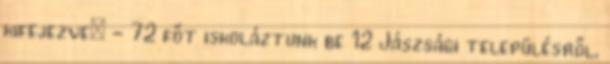
kifejezve: - 72 főt iskoláztunk be 12 Jászsági településről,